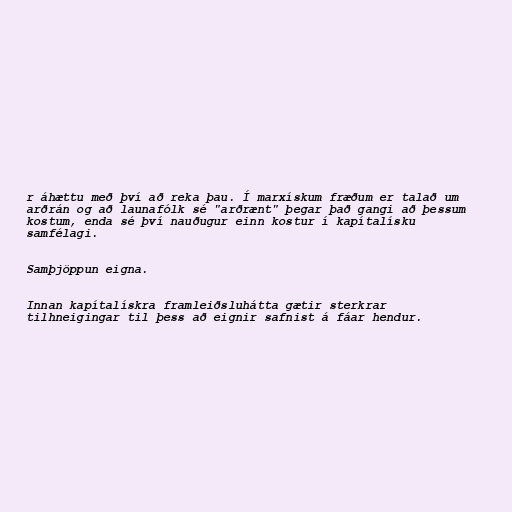
r áhættu með því að reka þau. Í marxískum fræðum er talað um
arðrán og að launafólk sé "arðrænt" þegar það gangi að þessum
kostum, enda sé því nauðugur einn kostur í kapítalísku
samfélagi.

Samþjöppun eigna.

Innan kapítalískra framleiðsluhátta gætir sterkrar
tilhneigingar til þess að eignir safnist á fáar hendur.